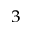
^ 3